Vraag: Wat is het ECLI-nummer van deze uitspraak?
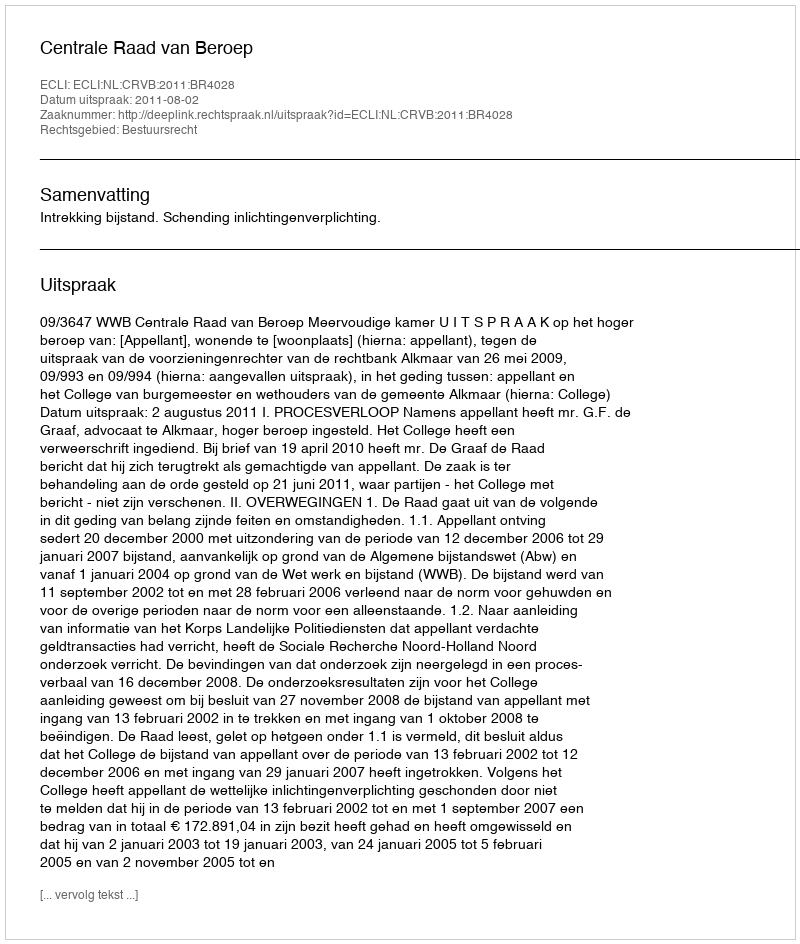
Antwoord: ECLI:NL:CRVB:2011:BR4028